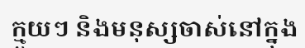
ក្មួយៗ និងមនុស្សចាស់នៅក្នុង